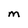
Character: M